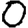
Digit: 0